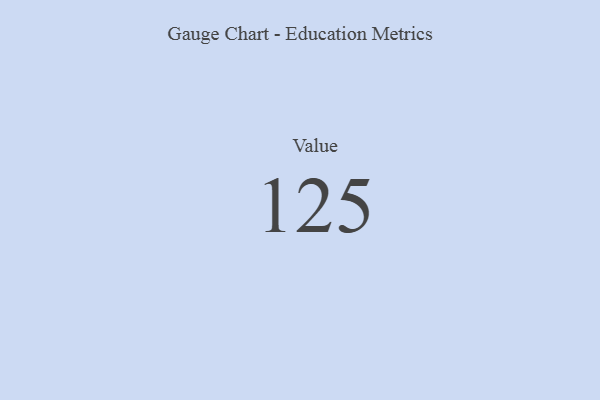
{"axis": {"x": "Metric", "y": "Value"}, "legend": [""], "data": [{"x": "Value", "y": 125, "type": ""}]}